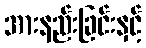
အားနည်းခြင်းနှင့်